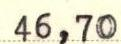
46,70